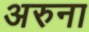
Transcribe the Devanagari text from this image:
अरुना